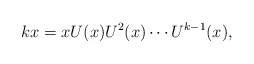
\begin{align*}kx=x U(x) U^2(x) \cdots U^{k-1}(x),\end{align*}